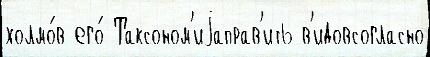
холмо́в его́ Таксоном'иjаправ'ить в'идовсогласно